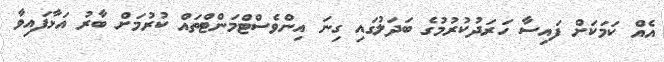
އެއް ކަމަކަށް ފައިސާ ހަރަދުކުރުމުގެ ބަދަލުގައި ގިނަ އިންވެސްޓްމަންޓްތައް ކުރުމަށް ބާރު އަޅާފައިވާ